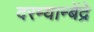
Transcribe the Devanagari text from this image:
दरम्यान्बेंद्रे